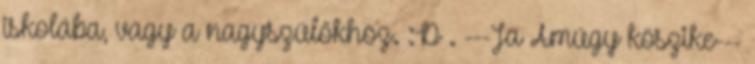
iskolába, vagy a nagyszülőkhöz. :D . ---Ja Amúgy köszike---